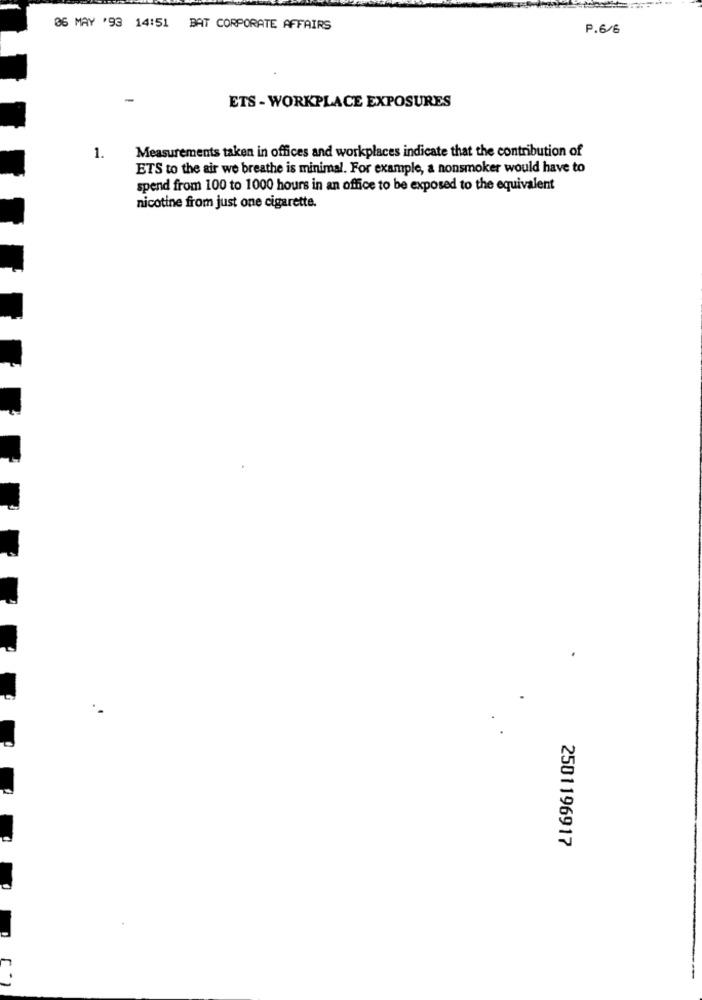
06 MAY '93 14:51 BAT CORPORATE AFFAIRS
P.6/6
ETS - WORKPLACE EXPOSURES
Measurements taken in offices and workplaces indicate that the contribution of
1.
ETS to the air we breathe is minimal. For example, a nonsmoker would have to
spend from 100 to 1000 hours in an office to be exposed to the equivalent
nicotine from just one cigarette.
2501196917